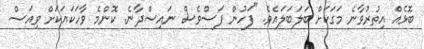
ބޮޅެއް އިތުރުވާނެ މަގަކަށް ބަލަބަލައެވެ. "ފަހުން ފަސްވެސް ނައިސްދާނެ. ކޮންމެ ވާހަކައަކަށް ވިއަސް